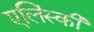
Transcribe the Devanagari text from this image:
एलिंस्की